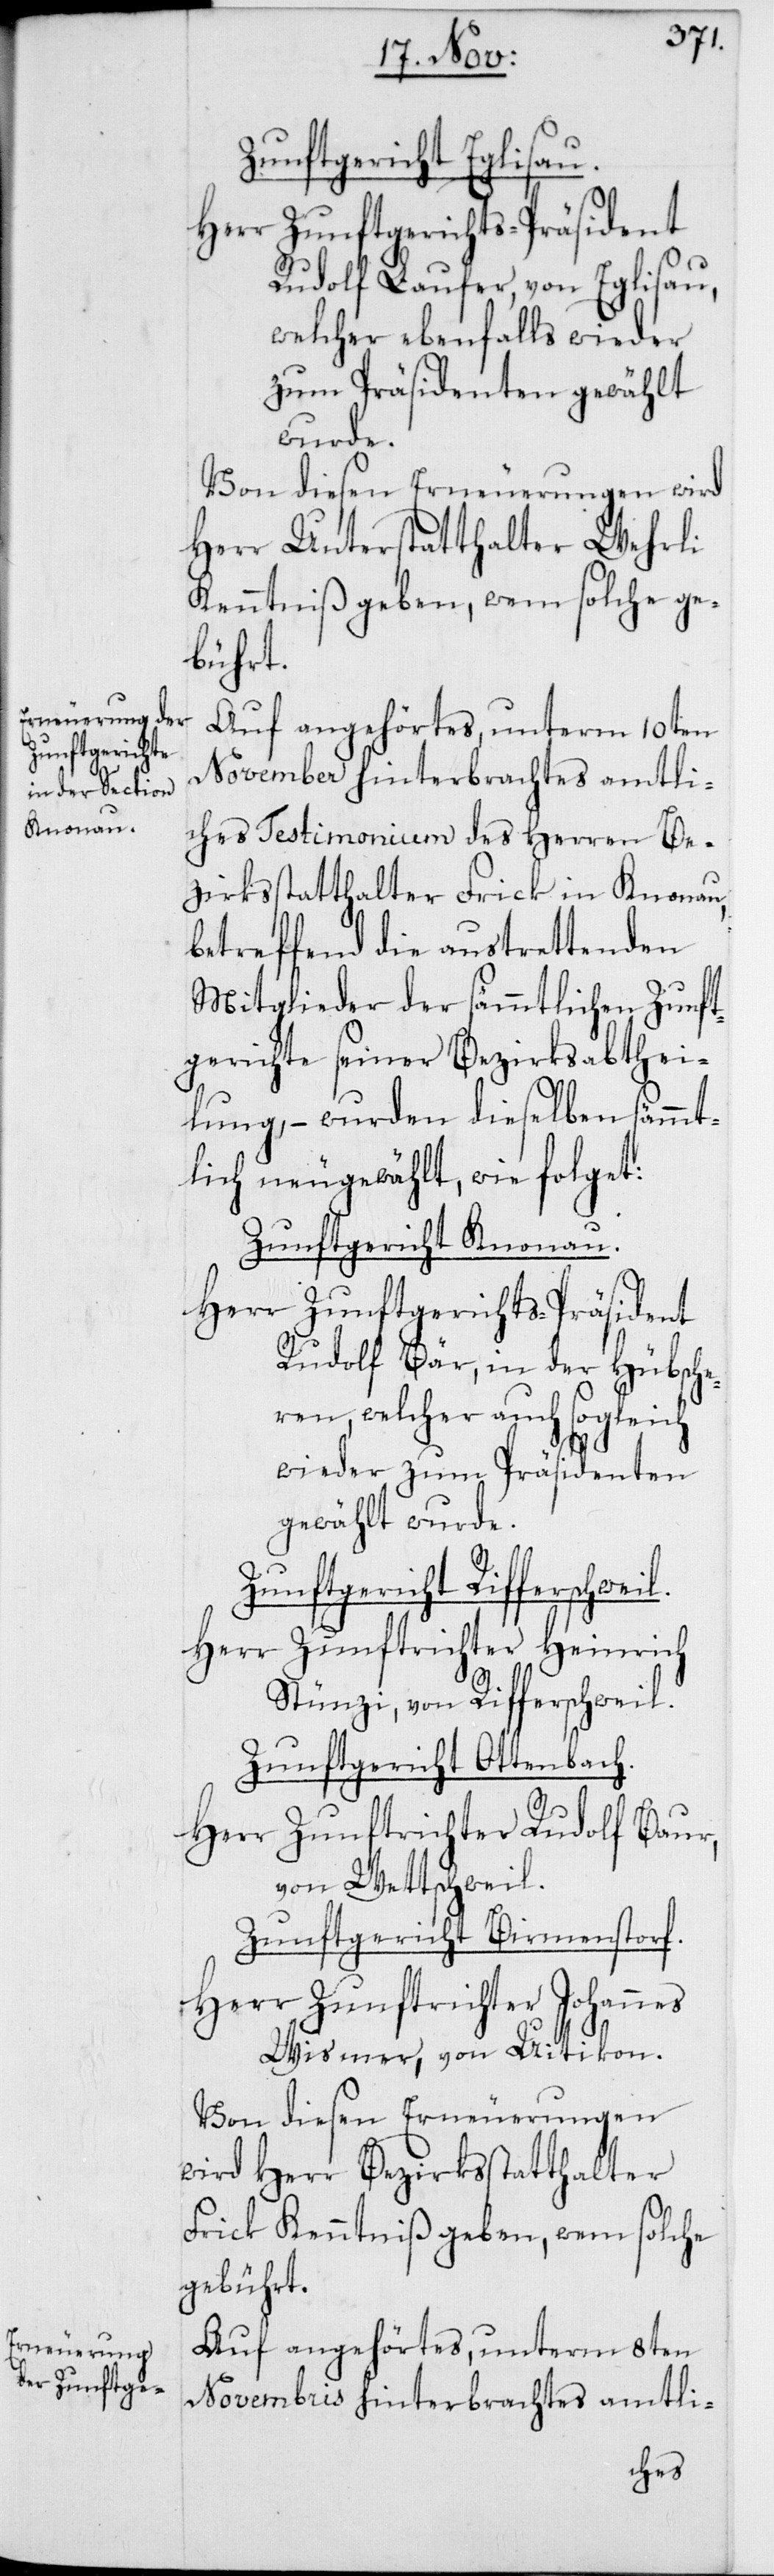
Zunftgericht Eglisau.
Herr Zunftgerichts-Präsident
Rudolf Laufer, von Eglisau,
welcher ebenfalls wieder
zum Präsidenten gewählt
wurde.
Von diesen Erneuerungen wird
Herr Unterstatthalter Wehrli
Kenntniß geben, wem solche ge¬
bührt.
Auf angehörtes, unterm 10ten
November hinterbrachtes amtli¬
ches Testimonium des Herren Be¬
zirksstatthalter Frick in Knonau,
betreffend die austrettenden
Mitglieder der sämmtlichen Zunft¬
gerichte seiner Bezirksabthei¬
lung, – wurden dieselben sämmt¬
lich neugewählt, wie folget.
Zunftgericht Knonau.
Herr Zunftgerichts-Präsident
Rudolf Bär, in der Hübsche¬
ren, welcher auch sogleich
wieder zum Präsidenten
gewählt wurde.
Zunftgericht Rifferschweil.
Herr Zunftrichter Heinrich
Stünzi, von Rifferschweil.
Zunftgericht Ottenbach.
Herr Zunftrichter Rudolf Baur,
von Wettschweil.
Zunftgericht Birmenstorf.
Herr Zunftrichter Johannes
Wismer, von Uitikon.
Von diesen Erneuerungen
wird Herr Bezirksstatthalter
Frick Kenntniß geben, wem solche
gebührt.
Auf angehörtes, unterm 8ten
Novembris hinterbrachtes amtli-